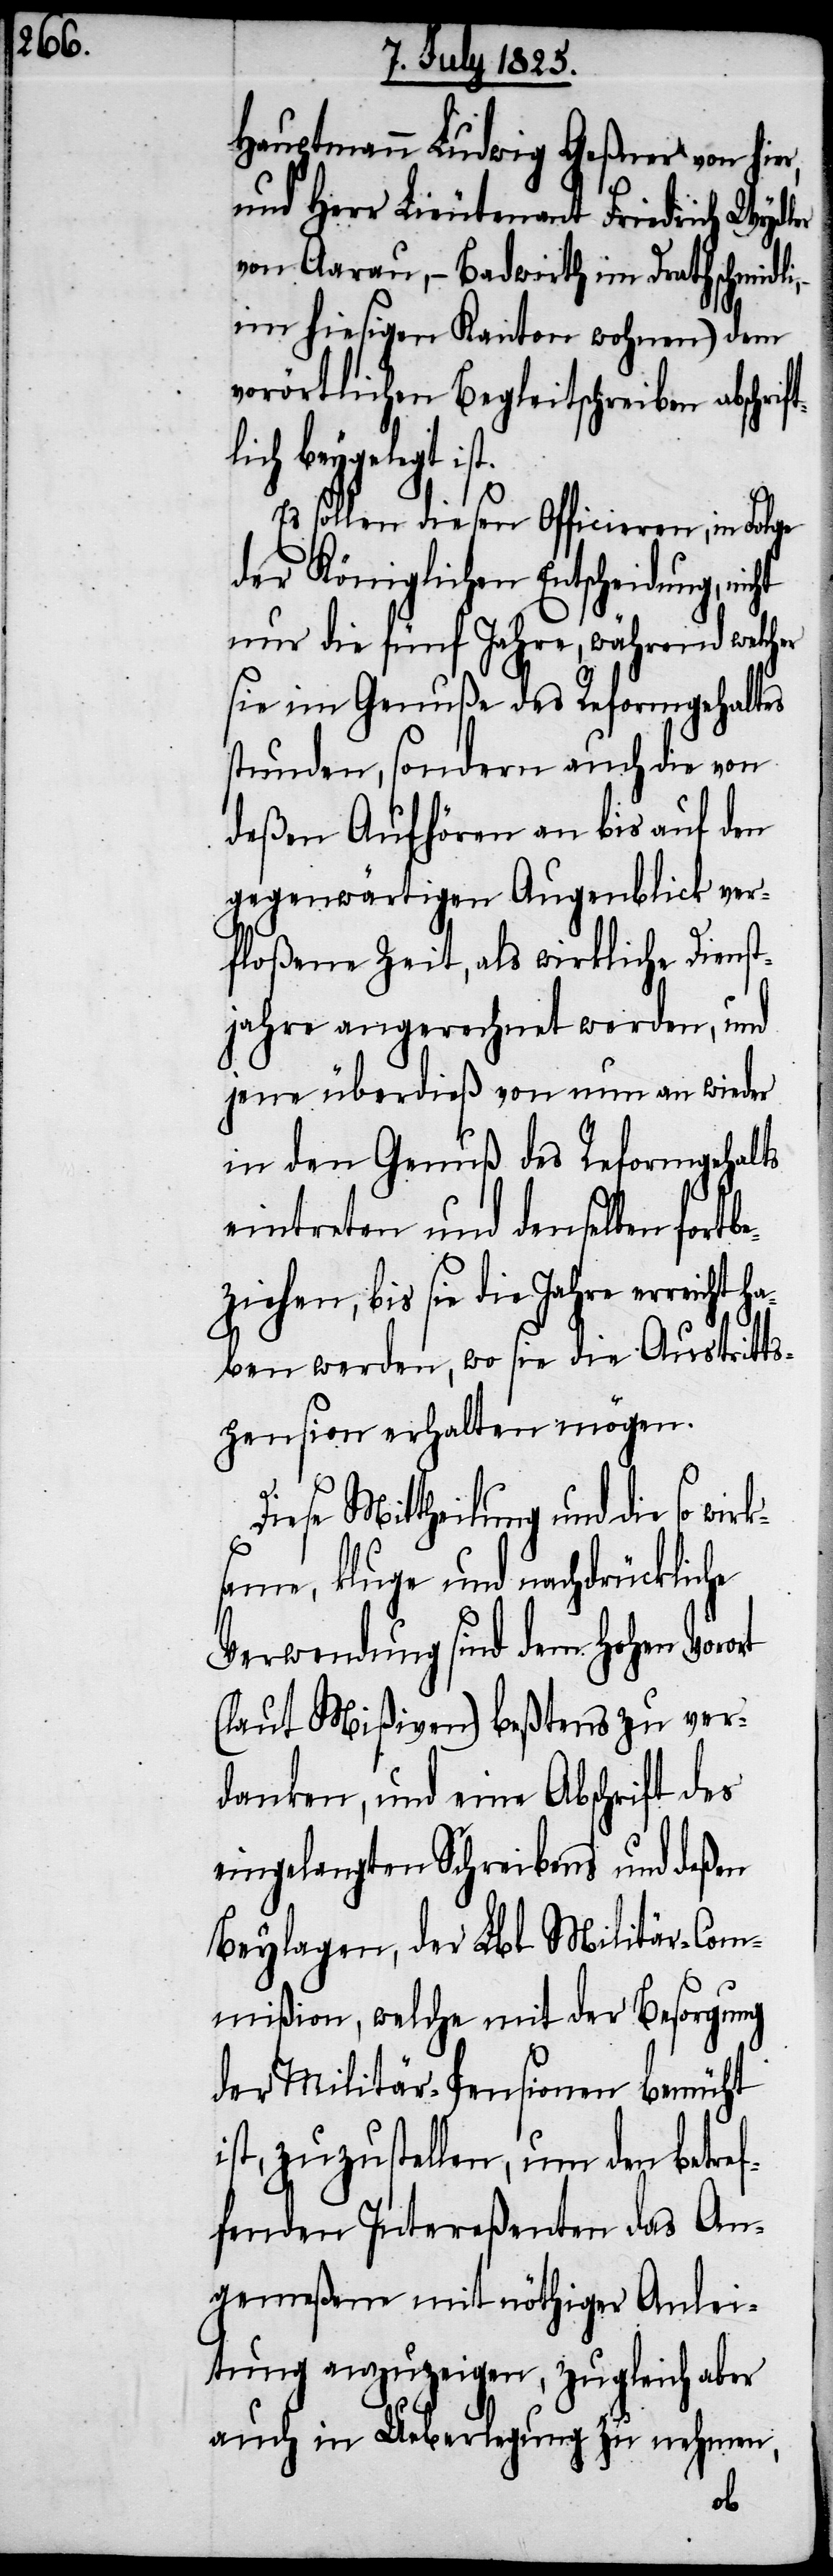
Hauptmann Ludwig Geßner von hier,
und Herr Lieutenant Friedrich Wydler
von Aarau, – Badwirth im Drathschmidli,
im hiesigen Kanton wohnen) dem
vorörtlichen Begleitschreiben abschr¬
lich beygelegt ist.
rt
Es sollen diesen Officieren, in Folge
der Königlichen Entscheidung,
nur die fünf Jahre, während welcher
sie im Genuße des Reformgehaltes
stunden, sondern auch die von
deßen Aufhören an bis auf den
gegenwärtigen Augenblick ver¬
floßene Zeit, als wirkliche Dienst¬
jahre angerechnet werden, und
jene überdieß von nun an wieder
in den Genuß des Reformgehalts
eintreten und denselben fortbe¬
ziehen, bis sie die Jahre erreicht ha¬
ben werden, wo sie die Austritts¬
pension erhalten mögen.
Diese Mittheilung und die so wirk¬
same, kluge und nachdrückliche
Verwendung sind dem Hohen Voro¬
(lt. Mißiven) beßtens zu ver¬
danken, und eine Abschrift des
eingelangten Schreibens und deßen
Beylagen, der Lbl. Militär-Com¬
mißion, welche mit der Besorgung
der Militär-Pensionen bemüht
ist, zuzustellen, um den betref¬
fenden Intereßenten das An¬
gemeßene mit nöthiger Anlei¬
tung anzuzeigen, zugleich aber
auch in Ueberlegung zu nehmen,